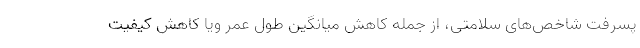
پسرفت شاخص‌های سلامتی، از جمله کاهش میانگین طول عمر ویا کاهش کیفیت